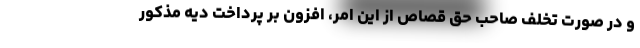
و در صورت تخلف صاحب حق قصاص از این امر، افزون بر پرداخت دیه مذکور